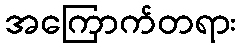
အကြောက်တရား